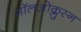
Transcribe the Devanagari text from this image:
मॉलओक्लुस्न